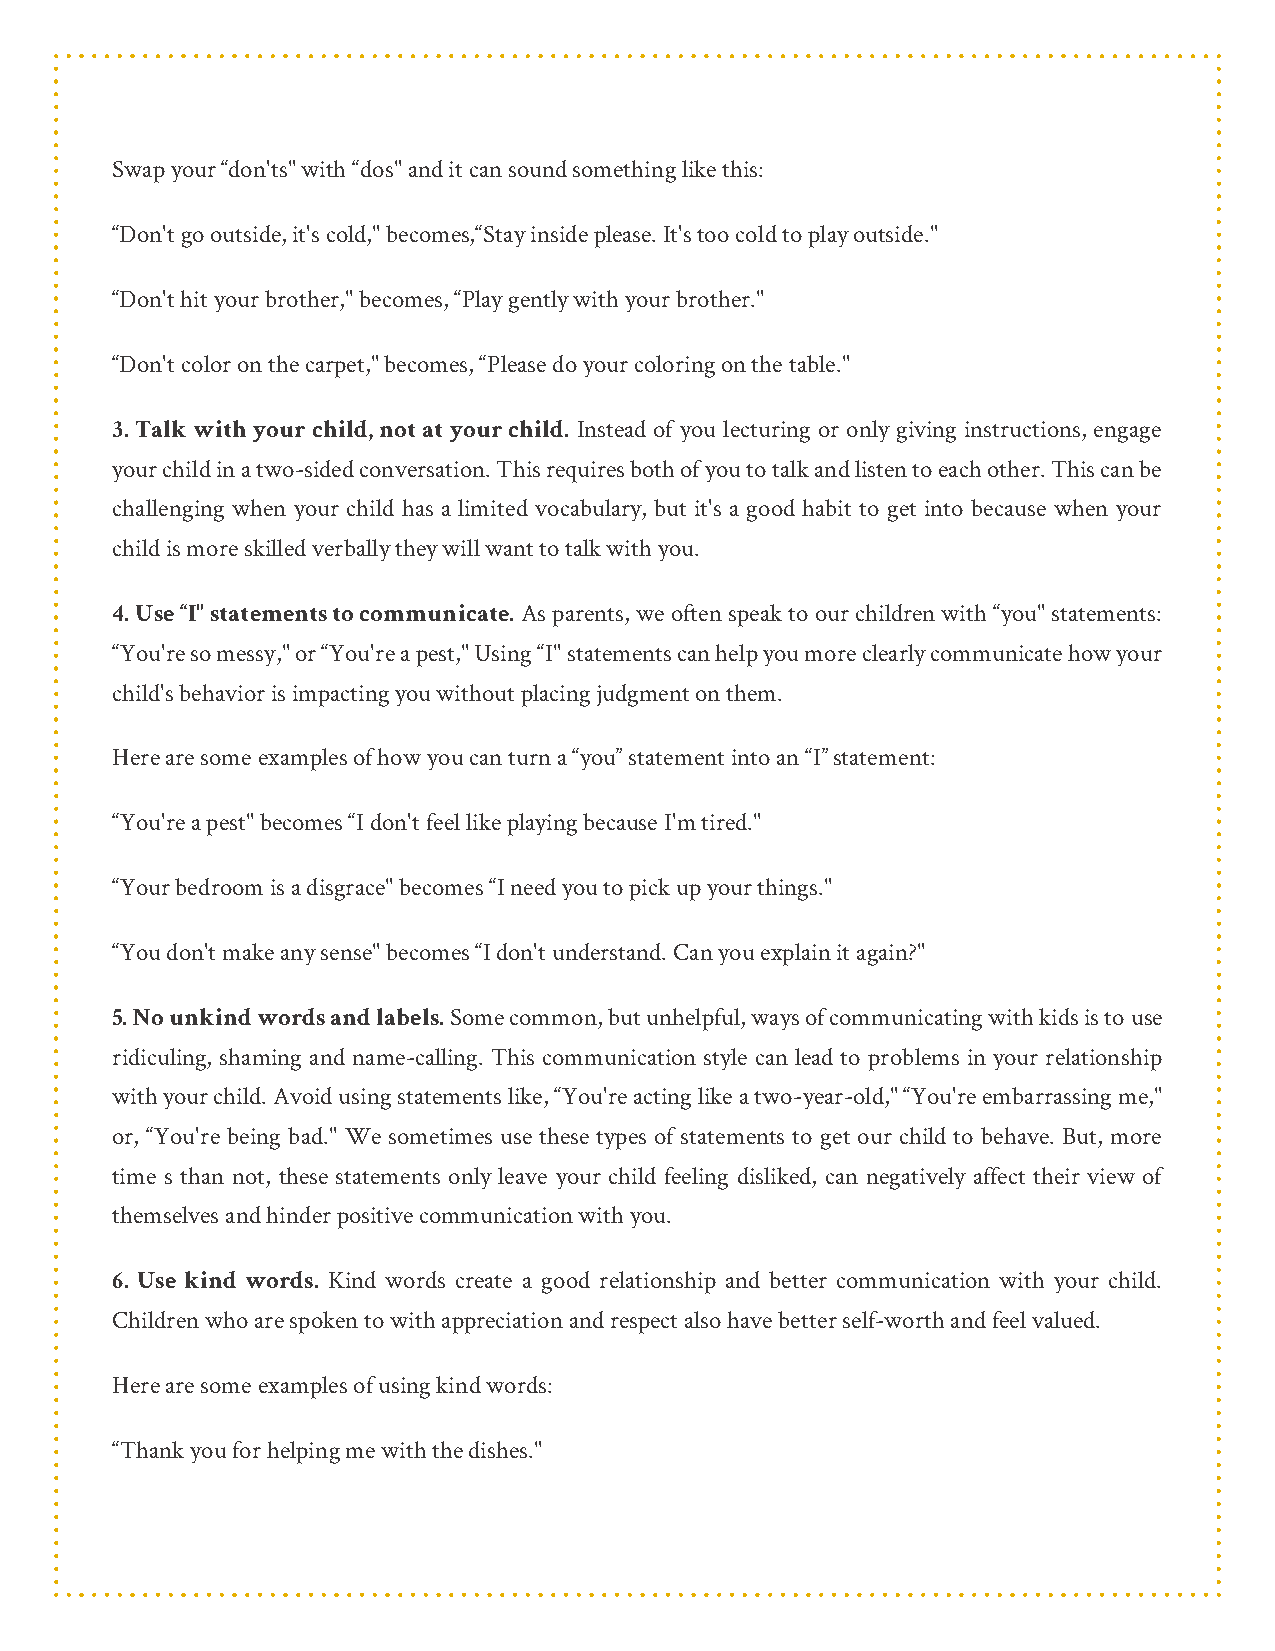
Swap your “don'ts" with “dos" and it can sound something like this:
 “Don't go outside, it's cold," becomes,“Stay inside please. It's too cold to play outside."
 “Don't hit your brother," becomes, “Play gently with your brother."
 “Don't color on the carpet," becomes, “Please do your coloring on the table."
 3. Talk with your child, not at your child. Instead of you lecturing or only giving instructions, engage
 your child in a two-sided conversation. This requires both of you to talk and listen to each other. This can be
 challenging when your child has a limited vocabulary, but it's a good habit to get into because when your
 child is more skilled verbally they will want to talk with you.
 4. Use “I" statements to communicate. As parents, we often speak to our children with “you" statements:
 “You're so messy," or “You're a pest," Using “I" statements can help you more clearly communicate how your
 child's behavior is impacting you without placing judgment on them.
 Here are some examples of how you can turn a “you” statement into an “I” statement:
 “You're a pest" becomes “I don't feel like playing because I'm tired."
 “Your bedroom is a disgrace" becomes “I need you to pick up your things."
 “You don't make any sense" becomes “I don't understand. Can you explain it again?"
 5. No unkind words and labels. Some common, but unhelpful, ways of communicating with kids is to use
 ridiculing, shaming and name-calling. This communication style can lead to problems in your relationship
 with your child. Avoid using statements like, “You're acting like a two-year-old," “You're embarrassing me,"
 or, “You're being bad." We sometimes use these types of statements to get our child to behave. But, more
 time s than not, these statements only leave your child feeling disliked, can negatively affect their view of
 themselves and hinder positive communication with you.
 6. Use kind words. Kind words create a good relationship and better communication with your child.
 Children who are spoken to with appreciation and respect also have better self-worth and feel valued.
 Here are some examples of using kind words:
 “Thank you for helping me with the dishes."